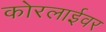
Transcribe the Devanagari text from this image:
कोरलाईवर